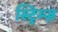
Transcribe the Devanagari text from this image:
स्ट्रिम्ज़